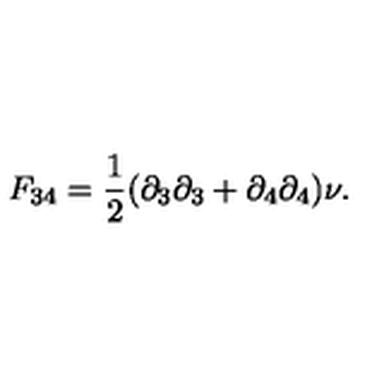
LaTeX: F _ { 3 4 } = { \frac { 1 } { 2 } } ( \partial _ { 3 } \partial _ { 3 } + \partial _ { 4 } \partial _ { 4 } ) \nu .